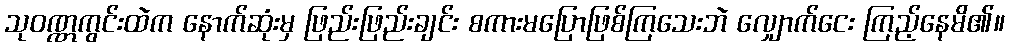
သုဝဏ္ဏကွင်းထဲက နောက်ဆုံးမှ ဖြည်းဖြည်းချင်း စကားမပြောဖြစ်ကြသေးဘဲ လျှောက်ငေး ကြည့်နေမိ၏။